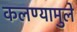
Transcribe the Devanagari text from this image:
कलण्यामुले